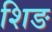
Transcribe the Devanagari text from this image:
शिङ